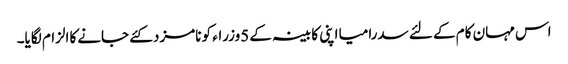
اس مہان کام کے لئے سدرامیا اپنی کابینہ کے 5وزراء کو نامزد کئے جانےکا الزام لگایا۔